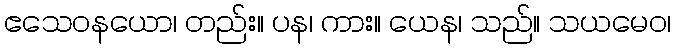
ဧသေဝနယော၊ တည်း။ ပန၊ ကား။ ယေန၊ သည်။ သယမေဝ၊